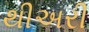
થીઅરી